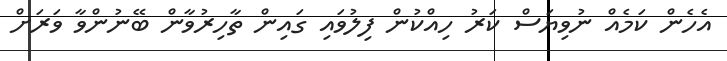
އެހެން ކަމެއް ނުވިޔަސް ކަރު ހިއްކުން ފިލުވައި ގައިން ތާހިރުވާން ބޭނުންވާ ވަރަށް